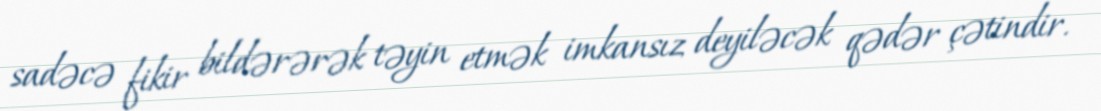
sadəcə fikir bildərərək təyin etmək imkansız deyiləcək qədər çətindir.